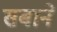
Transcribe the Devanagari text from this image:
सबाने